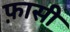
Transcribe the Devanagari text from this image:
फ़ासी